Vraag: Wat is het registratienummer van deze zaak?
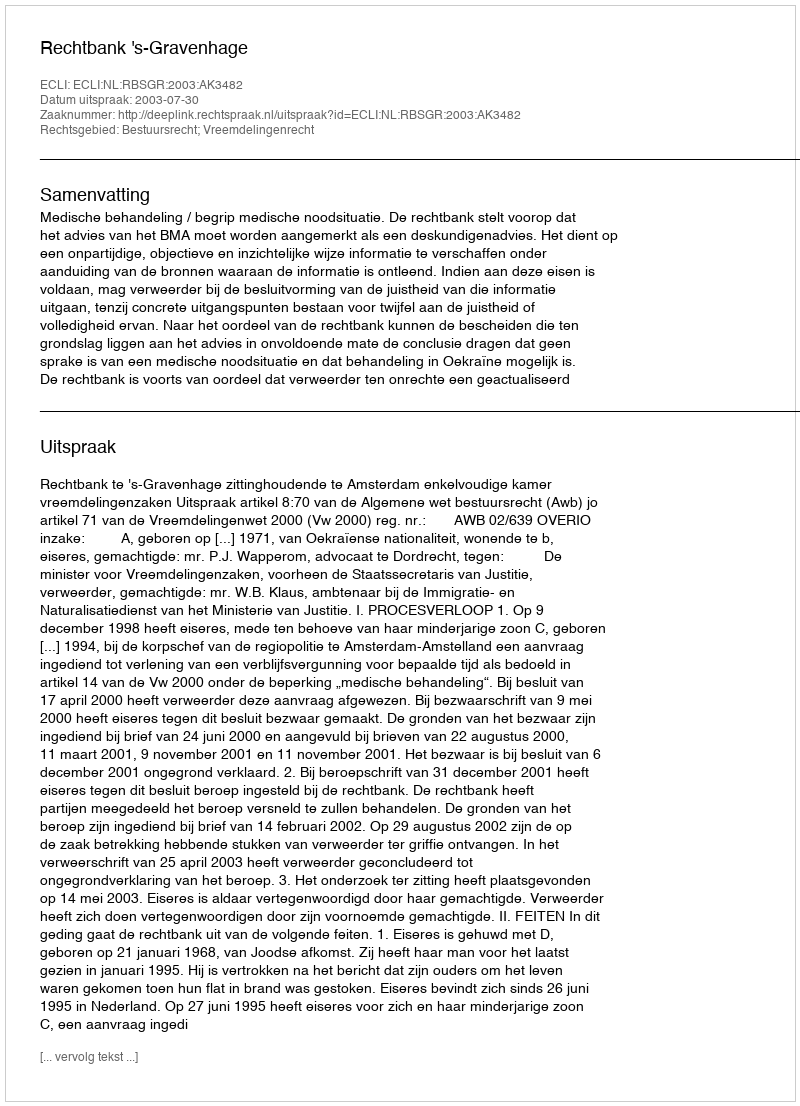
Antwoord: http://deeplink.rechtspraak.nl/uitspraak?id=ECLI:NL:RBSGR:2003:AK3482